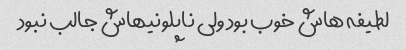
لطیفه هاش خوب بود ولی ناپلونیهاش جالب نبود